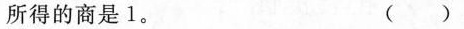
所得的商是1。 ()